Lunatic asylums United Prov. 1922-30 - 1922-1930
Year: 1922
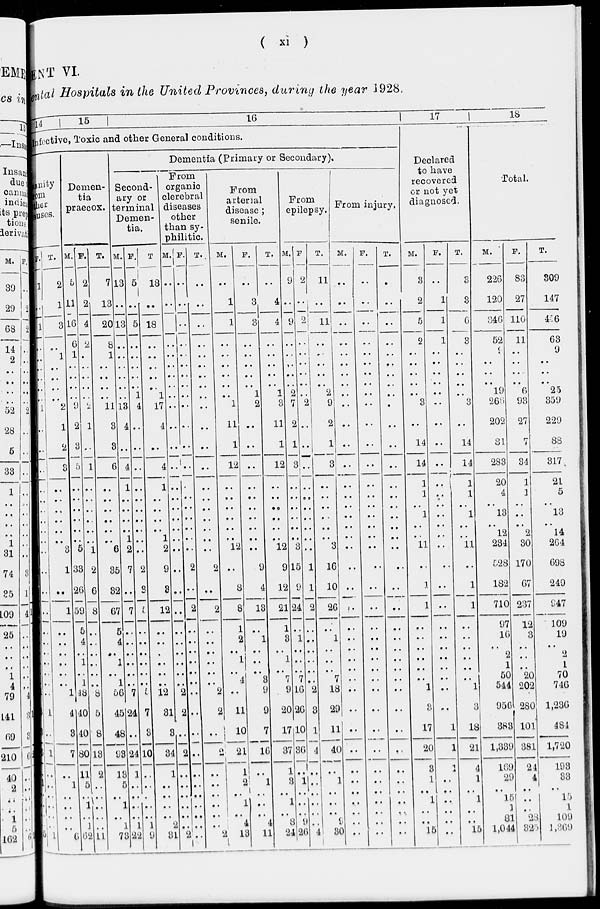
( xi )
MENT VI.
Mental Hospitals in the United Provinces, during the year 1928.
14
15
16
Infective, Toxic and other General conditions.
sanity
rom
other
causes.
M.
1
1
2
..
1
..
..
..
..
1
1
2
3
..
..
..
..
..
..
3
1
..
..
..
..
..
..
..
..
..
3
3
6
..
..
..
..
..
..
5
F.
1
..
1
..
..
..
..
..
..
1
..
..
..
..
..
..
..
..
..
..
..
..
1
..
..
..
..
..
..
1
1
..
1
..
1
..
..
..
..
1
T.
2
1
3
..
1
..
..
..
..
2
1
2
3
..
..
..
..
..
..
3
1
..
1
..
..
..
..
..
..
1
4
3
7
..
1
..
..
..
..
6
Demen-
tia
praecox.
M.
5
11
16
6
1
..
..
..
..
9
2
3
5
..
..
..
..
..
..
5
33
26
59
5
4
..
1
..
1
48
40
40
80
11
5
..
1
..
1
6
F.
2
2
4
2
..
..
..
..
..
2
l
..
1
..
..
..
..
..
..
1
2
6
8
..
..
..
..
..
..
8
5
8
13
2
..
..
..
..
..
11
T.
7
13
20
8
1
..
..
..
..
11
3
3
6
..
..
..
..
..
..
6
35
32
67
5
4
..
1
..
..
56
45
48
98
13
5
..
1
..
..
7
Dementia (Primary or Secondary),
Second-
ary or
terminal
Demen-
tia.
M.
13
..
13
..
..
..
..
..
..
13
4
..
4
1
..
..
..
..
1
2
7
..
7
..
..
..
..
..
..
7
24
..
24
1
..
..
..
..
1
22
F.
5
..
5
..
..
..
..
..
1
4
..
..
..
..
..
..
..
..
..
..
2
3
5
..
..
..
..
..
..
5
7
3
10
..
..
..
..
..
1
9
T.
18
..
18
..
..
..
..
..
..
17
4
..
4
1
..
..
..
..
1
2
9
3
12
..
..
..
..
..
..
12
31
3
34
1
..
..
..
..
2
31
From
organic
clerebral
diseases
other
than sy-
philitic.
M.
..
..
..
..
..
..
..
..
..
..
..
..
..
..
..
..
..
..
..
..
..
..
..
..
..
..
..
..
..
2
2
..
2
..
..
..
..
..
..
2
F.
..
..
..
..
..
..
..
..
..
..
..
..
..
..
..
..
..
..
..
..
2
..
2
..
..
..
..
..
..
..
..
..
..
..
..
..
..
..
..
..
T.
..
..
..
..
..
..
..
..
..
..
..
..
..
..
..
..
..
..
..
..
2
..
2
..
..
..
..
..
..
2
2
..
2
..
..
..
..
..
..
2
From
arterial
disease ;
senile.
M.
..
1
1
..
..
..
..
..
..
1
11
1
12
..
..
..
..
..
..
12
..
8
8
1
2
..
1
..
4
..
11
10
21
1
2
..
1
..
4
13
F.
..
3
3
..
..
..
..
..
1
2
..
..
..
..
..
..
..
..
..
..
9
4
13
..
1
..
..
..
3
9
9
7
16
..
1
..
..
..
4
11
T.
..
4
4
..
..
..
..
..
1
3
11
1
12
..
..
..
..
..
..
12
9
12
21
1
3
..
1
..
7
9
20
17
37
1
3
..
1
..
8
24
From
epilepsy.
M.
9
...
9
..
..
..
..
..
2
7
2
1
3
..
..
..
..
..
..
3
15
9
24
..
1
..
..
..
7
16
26
10
36
..
1
..
..
..
9
26
F.
2
..
2
..
..
..
..
..
..
2
..
..
..
..
..
..
..
..
..
..
1
1
2
..
..
..
..
..
..
2
3
1
4
..
..
..
..
..
..
4
T.
11
..
11
..
..
..
..
..
2
9
2
1
3
..
..
..
..
..
..
3
16
10
26
..
1
..
..
..
7
18
29
11
40
..
1
..
..
..
9
30
From injury.
M.
..
..
..
..
..
..
..
..
..
..
..
..
..
..
..
..
..
..
..
..
..
..
..
..
..
..
..
..
..
..
..
..
..
..
..
..
..
..
..
..
F.
..
..
..
..
..
..
..
..
..
..
..
..
..
..
..
..
..
..
..
..
..
..
..
..
..
..
..
..
..
..
..
..
..
..
..
..
..
..
..
..
T.
..
..
..
..
..
..
..
..
..
.
..
..
..
..
..
..
..
..
..
..
..
..
..
..
..
..
..
..
..
..
..
..
..
..
..
..
..
..
..
..
17
Declared
to have
recovered
or not yet
diagnosed.
M.
3
2
5
2
..
..
..
..
..
3
..
14
14
1
1
..
1
..
..
11
..
1
1
..
..
..
..
..
..
1
3
17
20
3
1
..
1
..
..
15
F.
..
1
1
1
..
..
..
..
..
..
..
..
..
.. ..
..
..
..
..
..
..
..
..
..
..
..
..
..
..
..
..
1
1
1
..
..
..
..
..
..
T.
3
3
6
8
..
..
..
..
..
3
..
14
14
1
1
..
1
..
..
11
..
1
1
..
..
..
..
..
..
1
3
18
21
4
1
..
1
..
..
15
18
Total.
M.
226
120
346
52
9
..
..
..
19
266
202
81
283
20
4
..
13
..
12
234
528
182
710
97
16
..
2
1
50
544
956
383
1,339
169
29
..
15
1
81
1,044
F.
83
27
110
11
..
..
..
..
6
93
27
7
34
1
1
..
..
..
2
30
170
67
237
12
3
..
..
..
20
202
280
101
381
24
4
..
..
..
28
325
T.
309
147
456
63
9
..
..
..
25
359
229
88
317
21
5
..
13
..
14
264
698
249
947
109
19
..
2
1
70
746
1,236
484
1,720
193
33
..
15
1
109
1,369